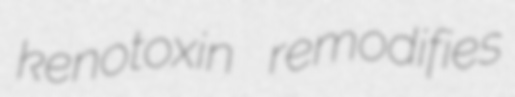
kenotoxin remodifies